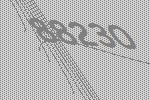
88230